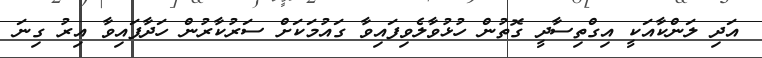
އަދި ލަންކާއަކީ އިގްތިސާދީ ގޮތުން ހުޅުވާލެވިފައިވާ ގައުމަކަށް ސަރުކާރުން ހަދާފައިވާ އިރު ގިނަ